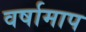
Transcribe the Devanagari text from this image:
वर्षामाप